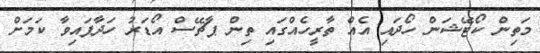
މަތިން ކޯޓޭޝަން ހޯދައި އެއް ތާރީހެއްގައި ތިން ޕާޗޭސް އޯޑަރު ހަދާފައިވާ ކަމަށް